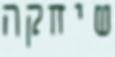
שיחקה